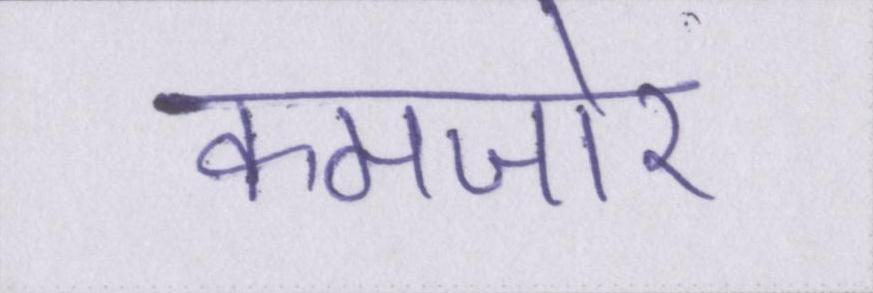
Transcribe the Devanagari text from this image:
कमजोर